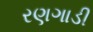
રણગાડી